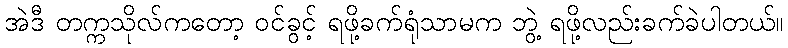
အဲဒီ တက္ကသိုလ်ကတော့ ဝင်ခွင့် ရဖို့ခက်ရုံသာမက ဘွဲ့ ရဖို့လည်းခက်ခဲပါတယ်။